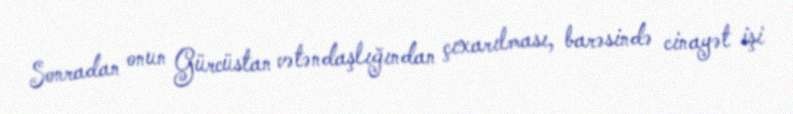
Sonradan onun Gürcüstan vətəndaşlığından çıxarılması, barəsində cinayət işi